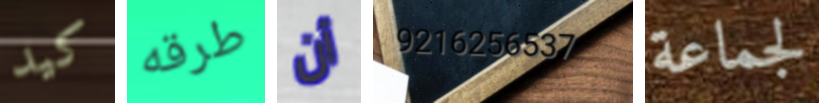
كيد طرقه أن 9216256537 لجماعة